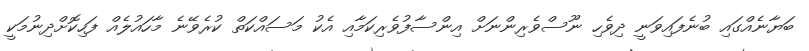
ބަޔާނެއްގައި ބުނެފައިވަނީ ދިވެހި ނޫސްވެރިންނަށް އިންސާފުވެރިކަމާއި އެކު މަސައްކަތް ކުރެވޭނެ މާހައުލެއް ފަހިކޮށްދިނުމަކީ